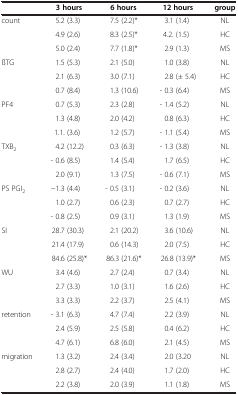
<table><thead><tr><td><b> </b></td><td><b>3 hours</b></td><td><b>6 hours</b></td><td><b>12 hours</b></td><td><b>group</b></td></tr></thead><tbody><tr><td rowspan="3">count</td><td>5.2 (3.3)</td><td>7.5 (2.2)*</td><td>3.1 (1.4)</td><td>NL</td></tr><tr><td>4.9 (2.6)</td><td>8.3 (2.5)*</td><td>4.2. (1.5)</td><td>HC</td></tr><tr><td>5.0 (2.4)</td><td>7.7 (1.8)*</td><td>2.9 (1.3)</td><td>MS</td></tr><tr><td rowspan="3">ßTG</td><td>1.5 (5.3)</td><td>2.1 (5.0)</td><td>1.0 (3.8)</td><td>NL</td></tr><tr><td>2.1 (6.3)</td><td>3.0 (7.1)</td><td>2.8 (± 5.4)</td><td>HC</td></tr><tr><td>0.7 (8.4)</td><td>1.3 (10.6)</td><td>- 0.3 (6.4)</td><td>MS</td></tr><tr><td rowspan="3">PF4</td><td>0.7 (5.3)</td><td>2.3 (2.8)</td><td>- 1.4 (5.2)</td><td>NL</td></tr><tr><td>1.3 (4.8)</td><td>2.0 (4.2)</td><td>0.8 (6.3)</td><td>HC</td></tr><tr><td>1.1. (3.6)</td><td>1.2 (5.7)</td><td>- 1.1 (5.4)</td><td>MS</td></tr><tr><td rowspan="3">TXB<sub>2</sub></td><td>4.2 (12.2)</td><td>0.3 (6.3)</td><td>- 1.3 (3.8)</td><td>NL</td></tr><tr><td>- 0.6 (8.5)</td><td>1.4 (5.4)</td><td>1.7 (6.5)</td><td>HC</td></tr><tr><td>2.0 (9.1)</td><td>1.3 (7.5)</td><td>- 0.6 (7.1)</td><td>MS</td></tr><tr><td rowspan="3">PS PGI<sub>2</sub></td><td>−1.3 (4.4)</td><td>- 0.5 (3.1)</td><td>- 0.2 (3.6)</td><td>NL</td></tr><tr><td>1.0 (2.7)</td><td>0.6 (2.3)</td><td>0.7 (2.7)</td><td>HC</td></tr><tr><td>- 0.8 (2.5)</td><td>0.9 (3.1)</td><td>1.3 (1.9)</td><td>MS</td></tr><tr><td rowspan="3">SI</td><td>28.7 (30.3)</td><td>2.1 (20.2)</td><td>3.6 (10.6)</td><td>NL</td></tr><tr><td>21.4 (17.9)</td><td>0.6 (14.3)</td><td>2.0 (7.5)</td><td>HC</td></tr><tr><td>84.6 (25.8)*</td><td>86.3 (21.6)*</td><td>26.8 (13.9)*</td><td>MS</td></tr><tr><td rowspan="3">WU</td><td>3.4 (4.6)</td><td>2.7 (2.4)</td><td>0.7 (3.4)</td><td>NL</td></tr><tr><td>2.7 (3.3)</td><td>1.0 (3.1)</td><td>1.6 (2.6)</td><td>HC</td></tr><tr><td>3.3 (3.3)</td><td>2.2 (3.7)</td><td>2.5 (4.1)</td><td>MS</td></tr><tr><td rowspan="3">retention</td><td>- 3.1 (6.3)</td><td>4.7 (7.4)</td><td>2.2 (3.9)</td><td>NL</td></tr><tr><td>2.4 (5.9)</td><td>2.5 (5.8)</td><td>0.4 (6.2)</td><td>HC</td></tr><tr><td>4.7 (6.1)</td><td>6.8 (6.0)</td><td>2.1 (4.5)</td><td>MS</td></tr><tr><td>migration</td><td>1.3 (3.2)</td><td>2.4 (3.4)</td><td>2.0 (3.20</td><td>NL</td></tr><tr><td> </td><td>2.8 (2.7)</td><td>2.4 (4.0)</td><td>1.7 (2.0)</td><td>HC</td></tr><tr><td> </td><td>2.2 (3.8)</td><td>2.0 (3.9)</td><td>1.1 (1.8)</td><td>MS</td></tr></tbody></table>